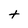
Character: t